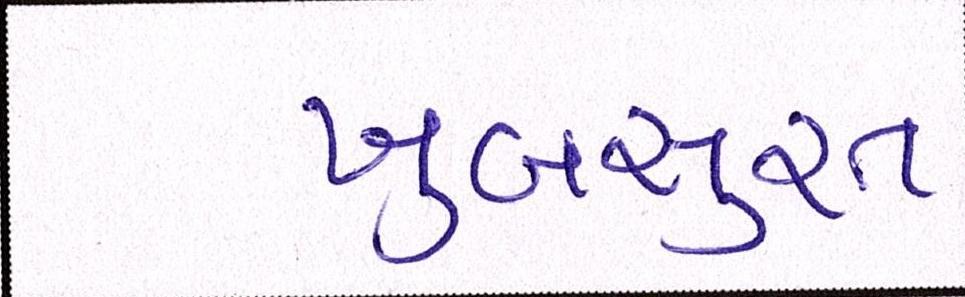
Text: ખુબસુરત